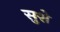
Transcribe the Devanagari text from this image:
सुशे